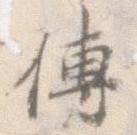
伝